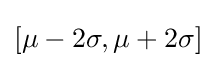
[\mu -2\sigma ,\mu +2\sigma ]